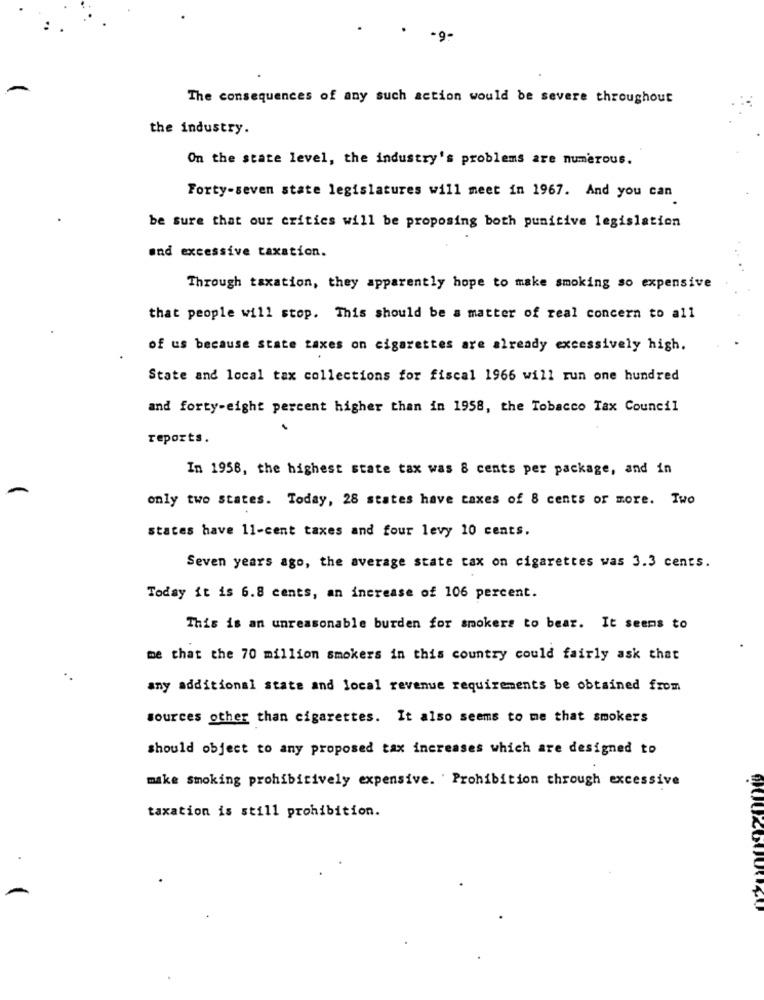
-9-
The consequences of any such action would be severe throughout
the industry.
On the state level, the industry's problems are numerous.
Forty-seven state legislatures will meet in 1967. And you can
be sure that our critics will be proposing both punitive legislation
and excessive taxation.
Through taxation, they apparently hope to make smoking so expensive
that people will stop. This should be a matter of real concern to all
of us because state taxes on cigarettes are already excessively high.
State and local tax collections for fiscal 1966 will run one hundred
and forty-eight percent higher than in 1958, the Tobacco Tax Council
reports.
In 1958, the highest state tax was 8 cents per package, and in
only two states. Today, 28 states have taxes of 8 cents or more. Two
states have 11-cent taxes and four levy 10 cents.
Seven years ago, the average state tax on cigarettes was 3.3 cents.
Today it is 6.8 cents, an increase of 106 percent.
This is an unreasonable burden for smokers to bear. It seems to
me that the 70 million smokers in this country could fairly ask that
any additional state and local revenue requirements be obtained from
sources other than cigarettes. It also seems to me that smokers
should object to any proposed tax increases which are designed to
make smoking prohibitively expensive. Prohibition through excessive
taxation is still prohibition.